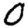
Digit: 0